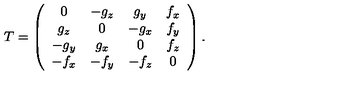
T = \left( \begin{array} { c c c c } { 0 } & { - g _ { z } } & { g _ { y } } & { f _ { x } } \\ { g _ { z } } & { 0 } & { - g _ { x } } & { f _ { y } } \\ { - g _ { y } } & { g _ { x } } & { 0 } & { f _ { z } } \\ { - f _ { x } } & { - f _ { y } } & { - f _ { z } } & { 0 } \\ \end{array} \right) .